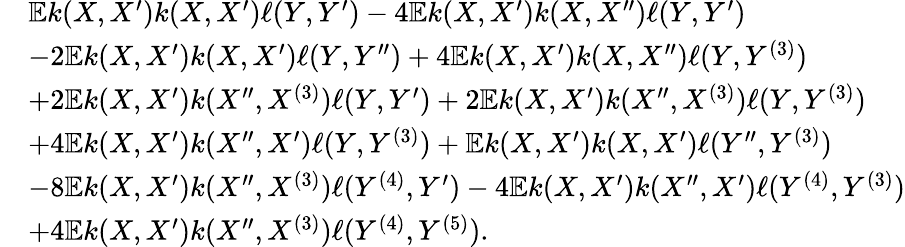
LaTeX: \begin{array}{rl}&{\mathbb{E}k(X,X^{\prime})k(X,X^{\prime})\ell(Y,Y^{\prime})-4\mathbb{E}k(X,X^{\prime})k(X,X^{\prime\prime})\ell(Y,Y^{\prime})}\\ &{-2\mathbb{E}k(X,X^{\prime})k(X,X^{\prime})\ell(Y,Y^{\prime\prime})+4\mathbb{E}k(X,X^{\prime})k(X,X^{\prime\prime})\ell(Y,Y^{(3)})}\\ &{+2\mathbb{E}k(X,X^{\prime})k(X^{\prime\prime},X^{(3)})\ell(Y,Y^{\prime})+2\mathbb{E}k(X,X^{\prime})k(X^{\prime\prime},X^{(3)})\ell(Y,Y^{(3)})}\\ &{+4\mathbb{E}k(X,X^{\prime})k(X^{\prime\prime},X^{\prime})\ell(Y,Y^{(3)})+\mathbb{E}k(X,X^{\prime})k(X,X^{\prime})\ell(Y^{\prime\prime},Y^{(3)})}\\ &{-8\mathbb{E}k(X,X^{\prime})k(X^{\prime\prime},X^{(3)})\ell(Y^{(4)},Y^{\prime})-4\mathbb{E}k(X,X^{\prime})k(X^{\prime\prime},X^{\prime})\ell(Y^{(4)},Y^{(3)})}\\ &{+4\mathbb{E}k(X,X^{\prime})k(X^{\prime\prime},X^{(3)})\ell(Y^{(4)},Y^{(5)}).}\end{array}